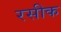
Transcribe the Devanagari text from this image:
रसीक